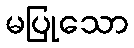
မပြုသော